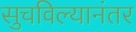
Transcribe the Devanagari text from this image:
सुचविल्यानंतर